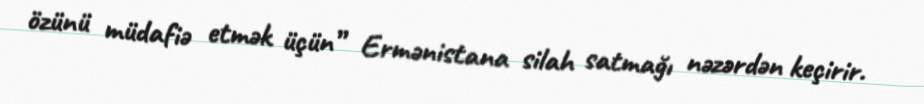
özünü müdafiə etmək üçün” Ermənistana silah satmağı nəzərdən keçirir.